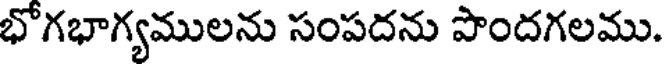
భోగభాగ్యములను సంపదను పొందగలము.